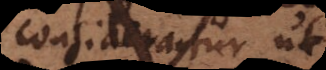
considerantur ut